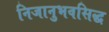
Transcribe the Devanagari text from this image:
निजानुभवसिद्ध